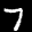
Label: 7